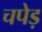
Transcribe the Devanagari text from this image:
चपेड़